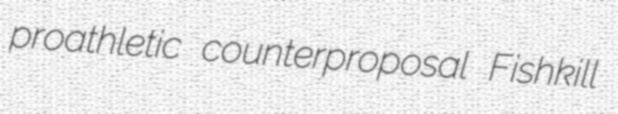
proathletic counterproposal Fishkill